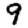
Digit: 9